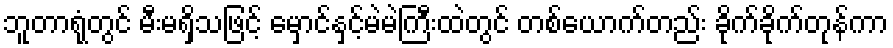
ဘူတာရုံတွင် မီးမရှိသဖြင့် မှောင်နှင့်မဲမဲကြီးထဲတွင် တစ်ယောက်တည်း ခိုက်ခိုက်တုန်ကာ